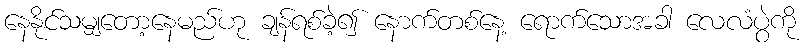
နေနိုင်သမျှတော့နေမည်ဟု ချန်ရစ်ခဲ့၍ နောက်တစ်နေ့ ရောက်သောအခါ လေလံပွဲကို